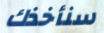
سنأخذك